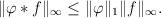
\begin{align*}\Vert \varphi *f\Vert _{\infty }\leq \Vert \varphi \Vert _{1}\Vert f\Vert_{\infty }. \end{align*}